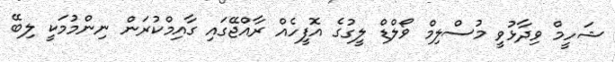
ޝަހީމް ވިދާޅުވީ މުސްލިމް ވޯލްޑް ލީގުގެ އޮފީހެއް ރާއްޖޭގައި ގާއިމްކުރަން ނިންމުމަކީ ލިބޭ